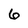
Character: 6